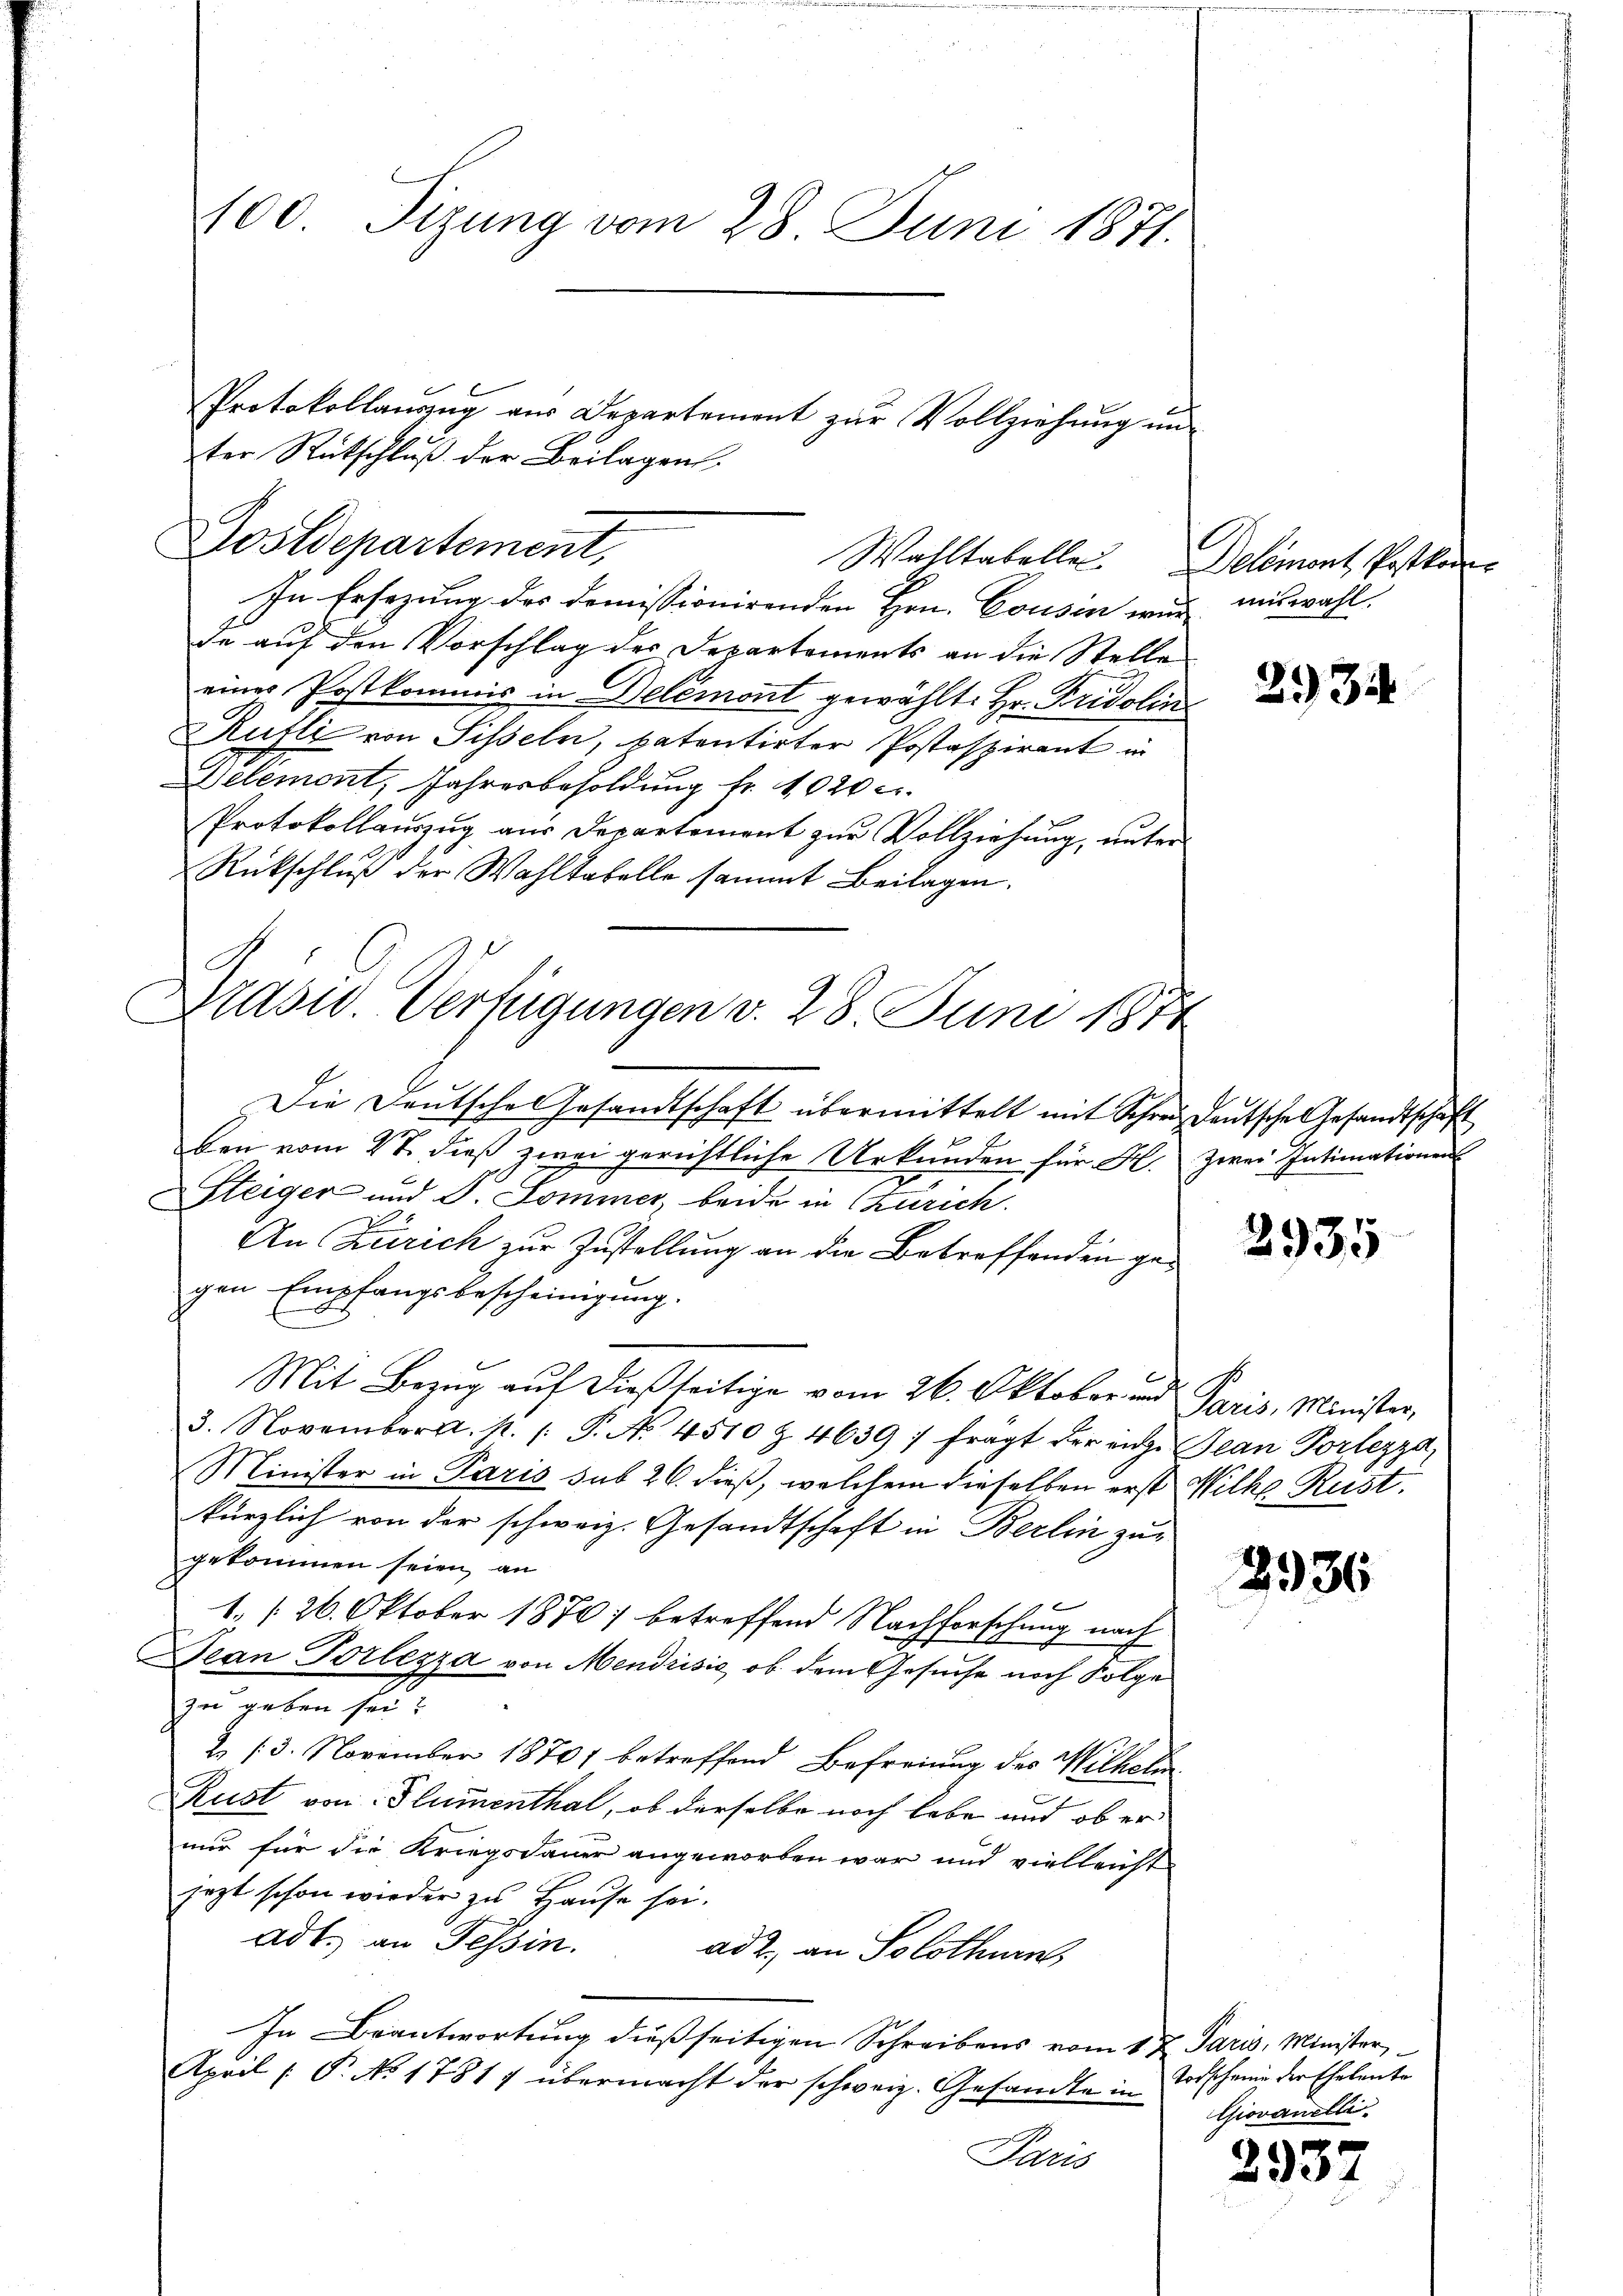
100. Sizung vom 28. Juni 1871.

Postdepartement,
Wahltabelle. Delémont Postkom

ter Rückschluß der Beilagen

In Ersezung des Domissionirenden Hrn. Cousin wir auswahl.
de auf den Vorschlag des Departements an die Stelle
einer Postkommis in Delémont gewählt: Hr. Fridolin
Rufli von Sisseln, patentirter Postaspirant in
Delemont, Jahresbesoldung fr. 1020 c.
Protokollaŭszŭg aŭs Departement zŭr Vollziehung, unter
Rückschluß der Wahltabelle sammt Beilagen.
Die Deutsche Gesandtschaft übermittelt mit Schreiz deutsche Gesandtschaft
ben vom 27. dieß zwei gerichtliche Urkunden für H. zwei Intimationen
Steiger und F. Sommer, beide in Zürich.
An Zürich zur Zustellung an die Betreffenden gegen Empfangsbescheinigung.
Mit Bezug auf dießseitige vom 26. Oktober und Paris, Minister,
3. November a. p. P. No. 4510 Z. 4639: fragt der eige Jean Vorlezza
Minister in Paris sub 26. dieß, welchem dieselben erst Wilke Rust.
kürzlich von der schweiz. Gesandtschaft in Berlin zu
gekommen seien, an
1./26. Oktober 1870] betreffend Nachforschung nach
Jean Portezza von Mendrisie, ob dem Gesuche noch Folge
zu geben sei?
2. 13. November 1870 betreffend Befreiung des Wilhelin
Rust von Flumenthal, ob derselbe noch habe und ob er
nur für die Kriegsdauer angeworben war und vielleicht
jezt schon wieder zu Hause sei.
adt. an Tessin.
ad 2., an Solothurn
In Beantwortung dießseitigen Schreibens vom 1 t Paris, Minister
April ( P. No 17817 übermacht der schweiz. Gesandte in Todscheine der Eheleute
Paris

Protokollanzug aus Departement zur Vollziehung un

Drasw. Verfügungen v. 28. Juni 1874

2934

2935

2936

Giovanelli

2935